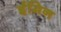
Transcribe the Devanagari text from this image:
ईमिन